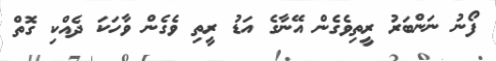
ފޯނު ނަންބަރު ރީތިވެގެން އޭނާގެ އަޑު ރީތި ވެގެން ވާހަކަ ދެއްކި ގޮތް